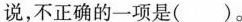
说，不正确的一项是( )。